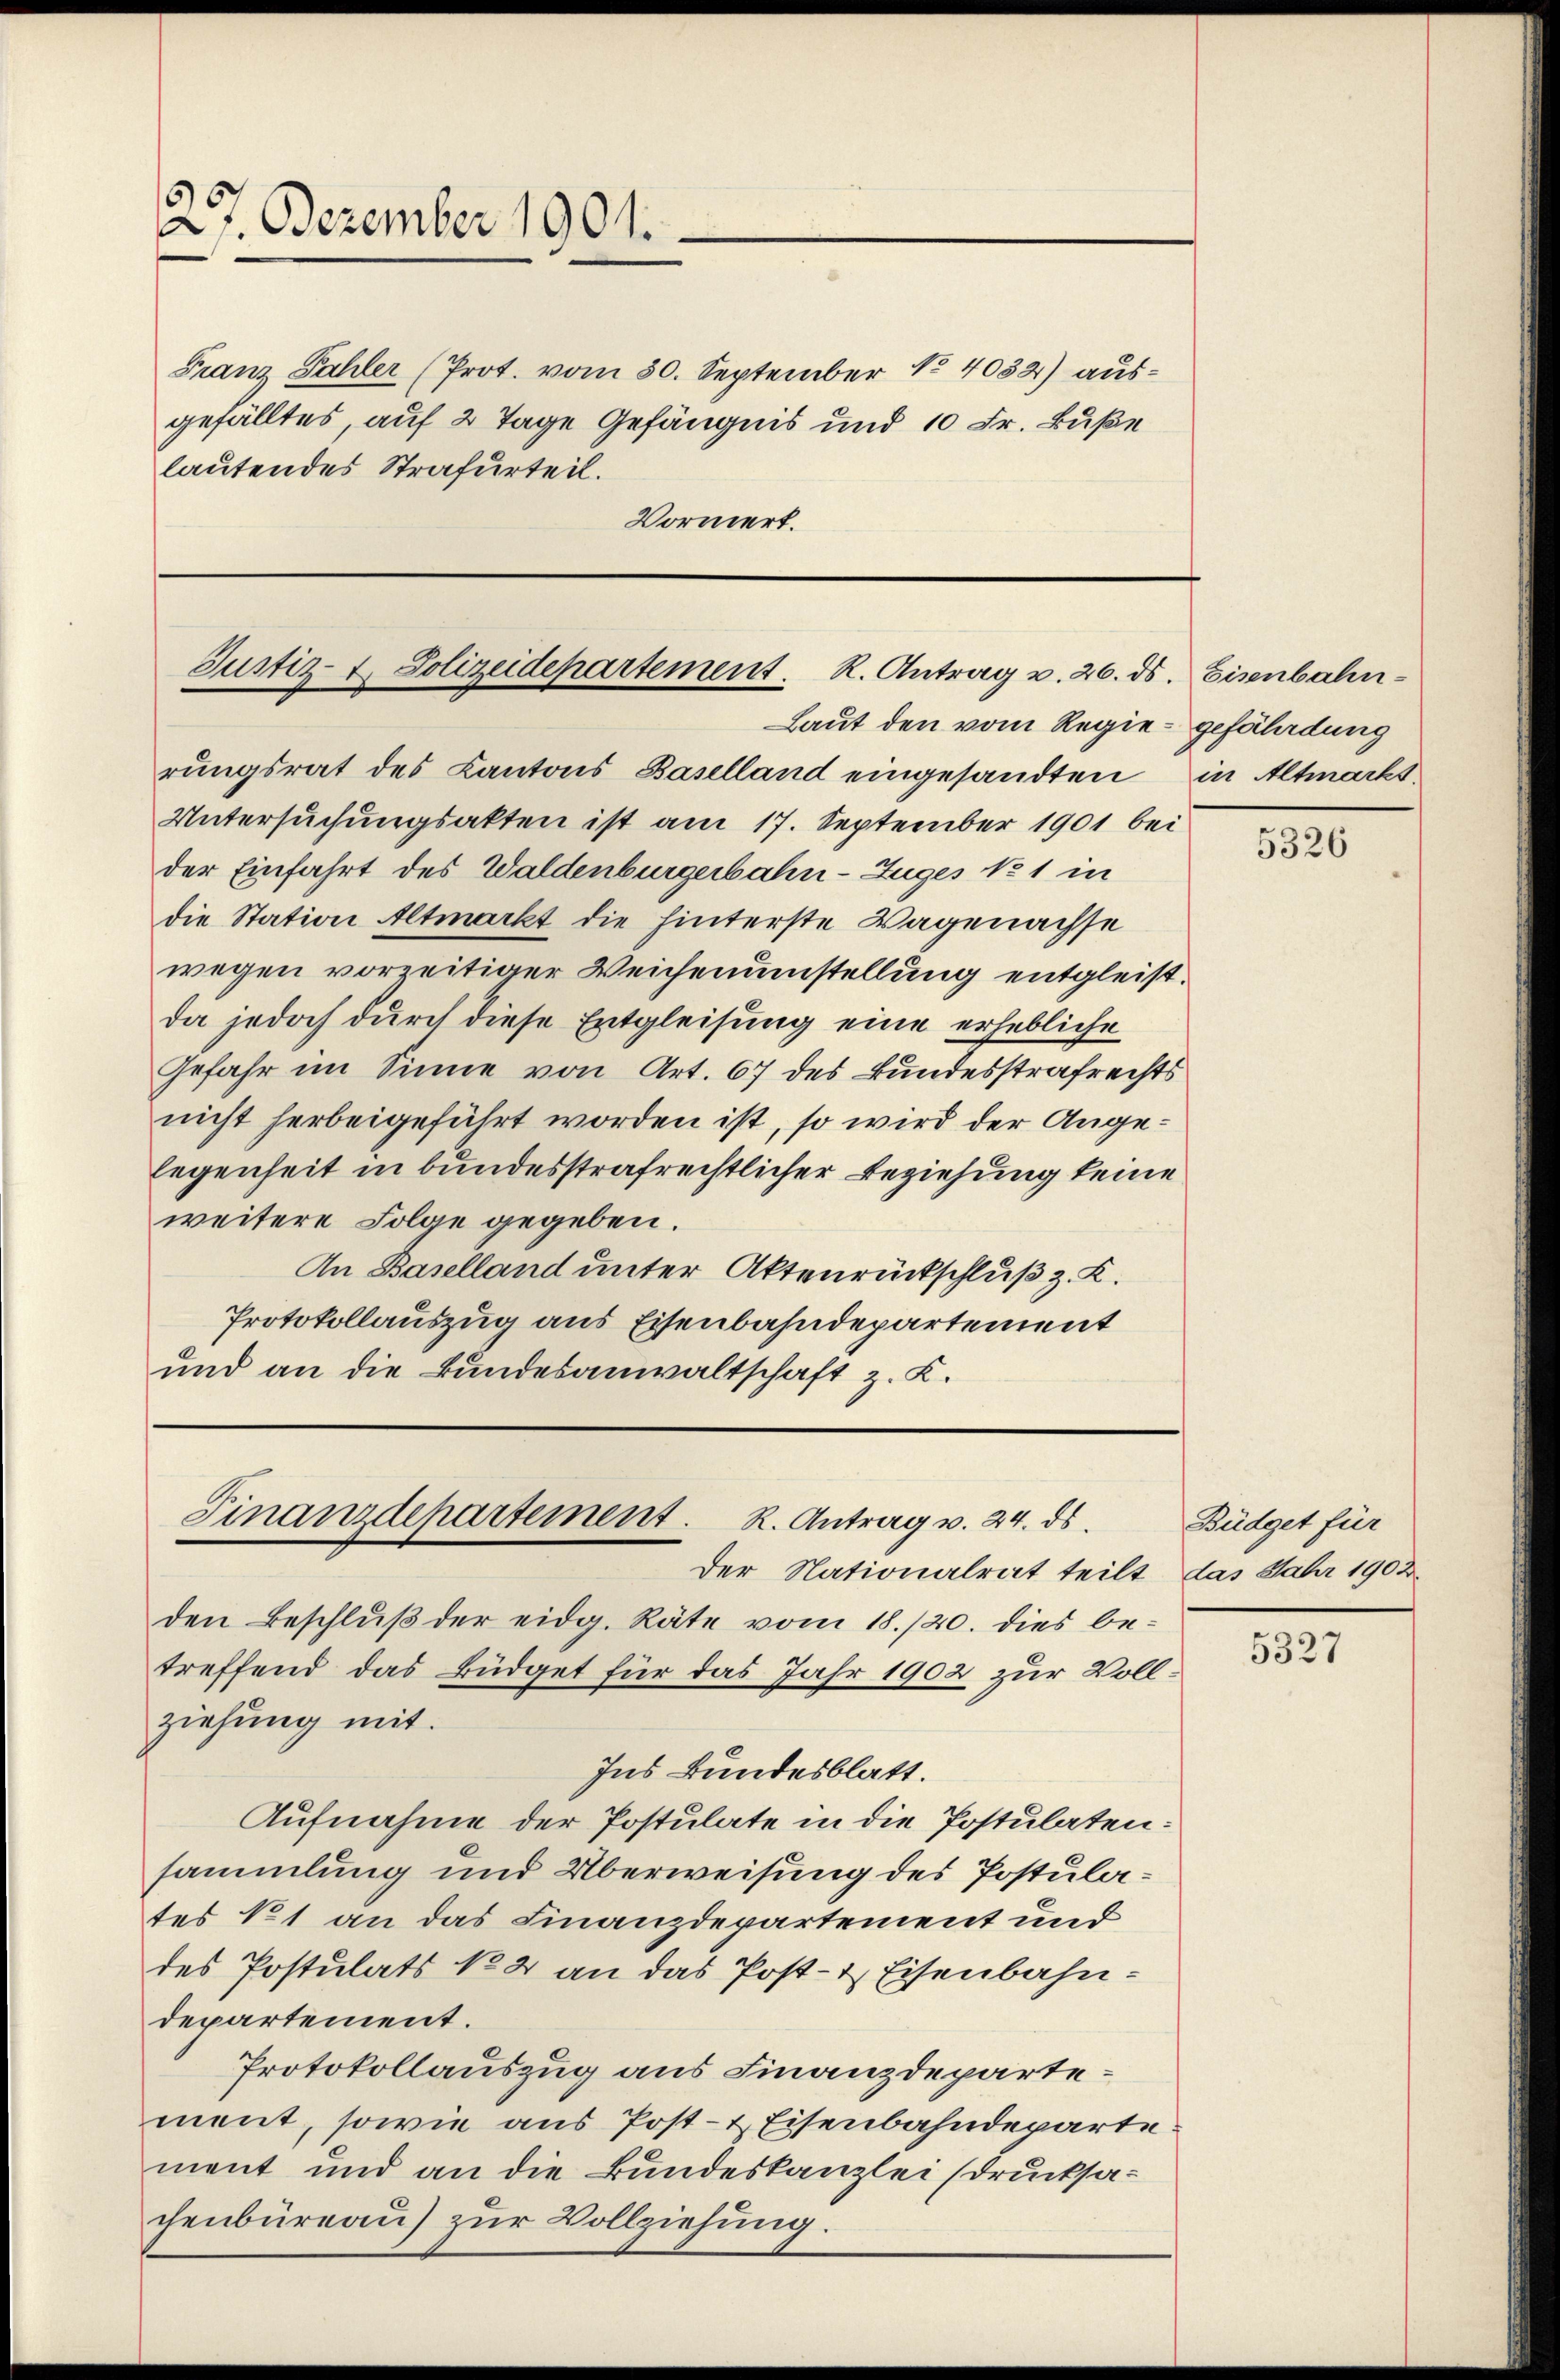
27. Dezember 1901.

Franz Fahler (Prot. vom 30. September No 4032) ausgefälltes, auf 2 Tage Gefängnis und 10 Fr. Buße
lautendes Strafurteil.
Vormert.

Justiz- & Polizeidepartement. R. Antrag u. 26. ds. Eisenbahn-

Finanzdepartement. R. Antrag v. 24. ds.
der Nationalrat teilt, das Jahr 1902.

Laut den vom Regie-gefäladung
rungsrat des Kantons Baselland eingesandten in Altmarkt
Untersuchungsakten ist am 17. September 1901 bei
der Einfahrt des Waldenburgerbahn-Zuges No 1 in
die Station Altmarkt die hinterste Wagenachse
wegen vorzeitiger Weichenumstellung entgleistda jedoch durch diese Entgleisung eine erhebliche
Gefahr im Sinne von Art. 67 des Bundesstrafrechts
nicht herbeigeführt worden ist, so wird der Angelegenheit in bundesstrafrechtlicher Beziehung keine
weitere Folge gegeben.
An Baselland unter Aktenrückschluß z. K.
Protokollauszug aus Eisenbahndepartement
und an die Bundesanwaltschaft z. K.

den Beschlŭβ der eidg. Räte vom 18./20. dies be-
treffend das Büdget für das Jahr 1902 zur Vollziehung mit.
Ins Bundesblatt.
Aufnahme der Postulate in die Postulaten:
sammlung und Überweisung des Postulates 11 an das Finanzdepartement und
des Postulats No 2 an das Post- & Eisenbahndepartement.
Protokollauszug aus Finanzdepartement, sowie aus Post- & Eisenbahndeparte:
ment und an die Bundeskanzlei (drucksachenbüreau) zur Vollziehung.

5326

Büdget für

5327